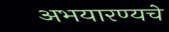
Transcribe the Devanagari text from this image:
अभयारण्यचे